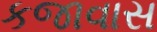
કજાવાસ